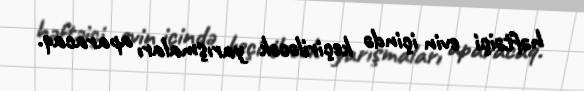
həftəiçi evin içində keçiriləcək yarışmaları aparacaq.